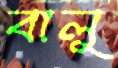
বালু